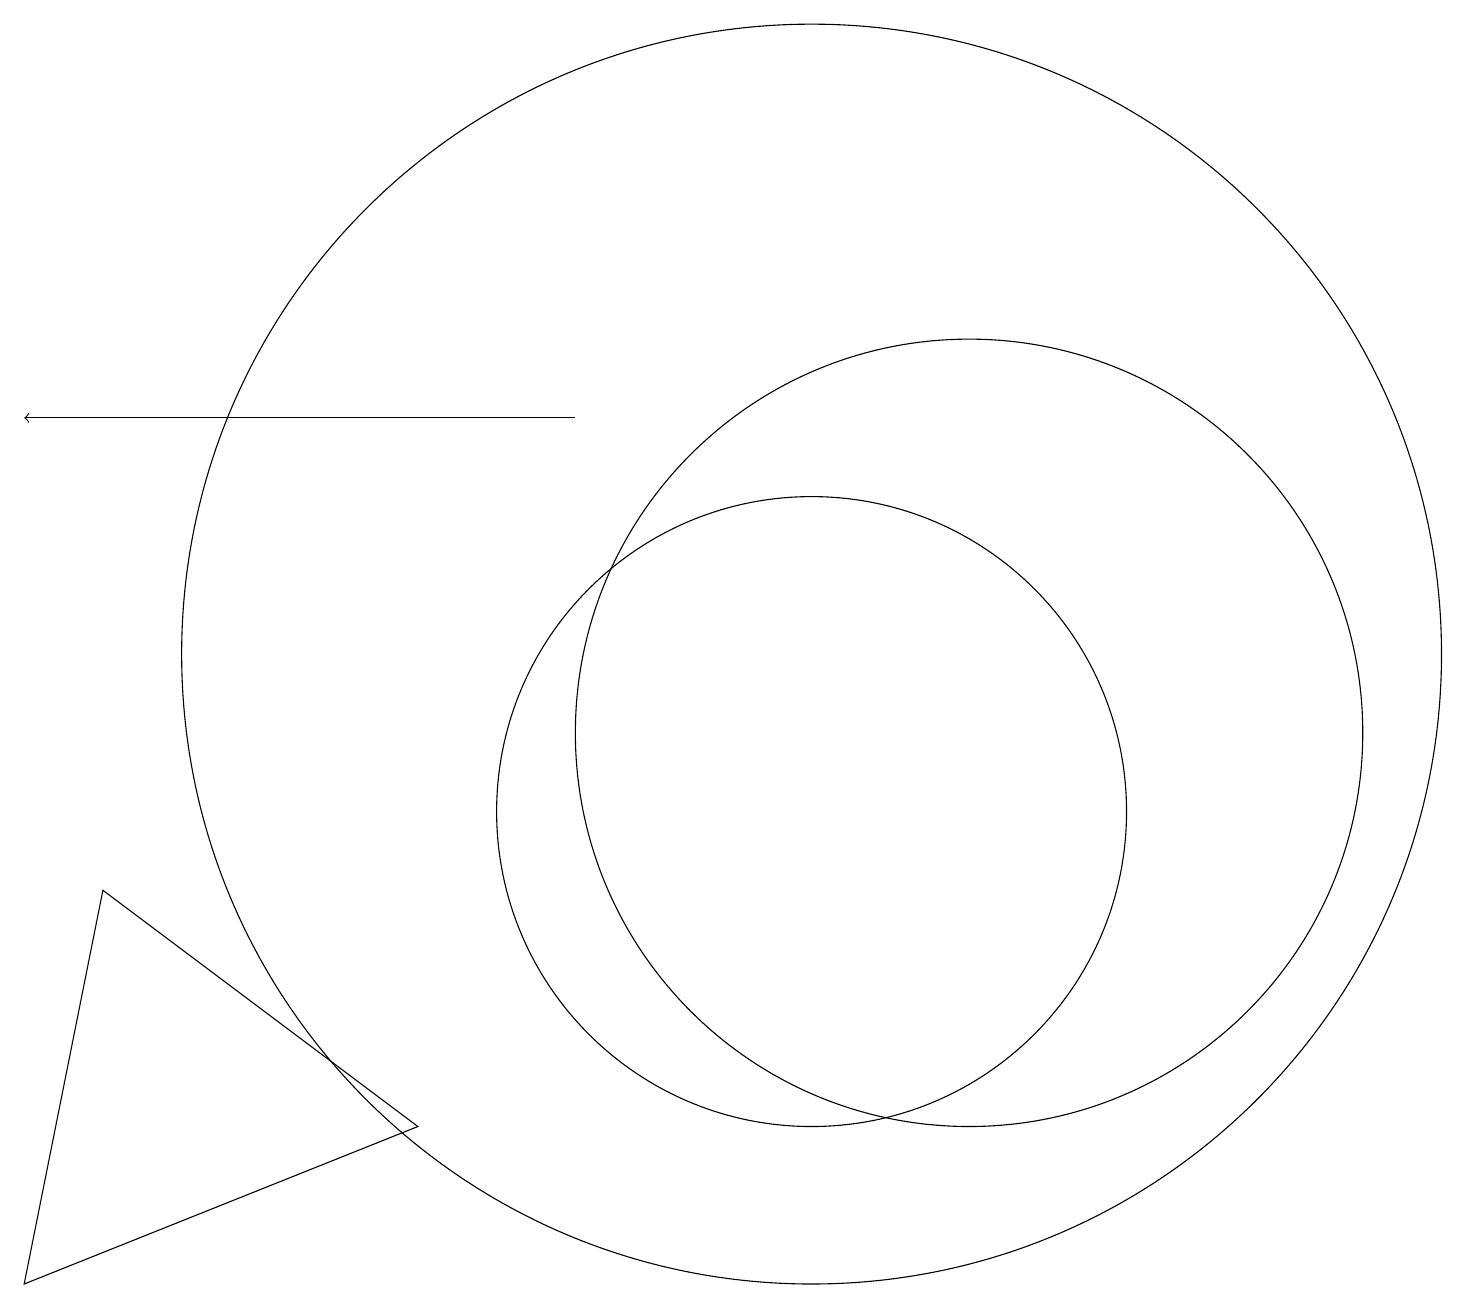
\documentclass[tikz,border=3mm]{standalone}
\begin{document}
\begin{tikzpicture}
\draw (1,9) -- (0,4) -- (5,6) -- cycle;
\draw[->] (7,15) -- (0,15);
\draw (10,12) circle (8);
\draw (12,11) circle (5);
\draw (10,10) circle (4);
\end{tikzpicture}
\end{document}